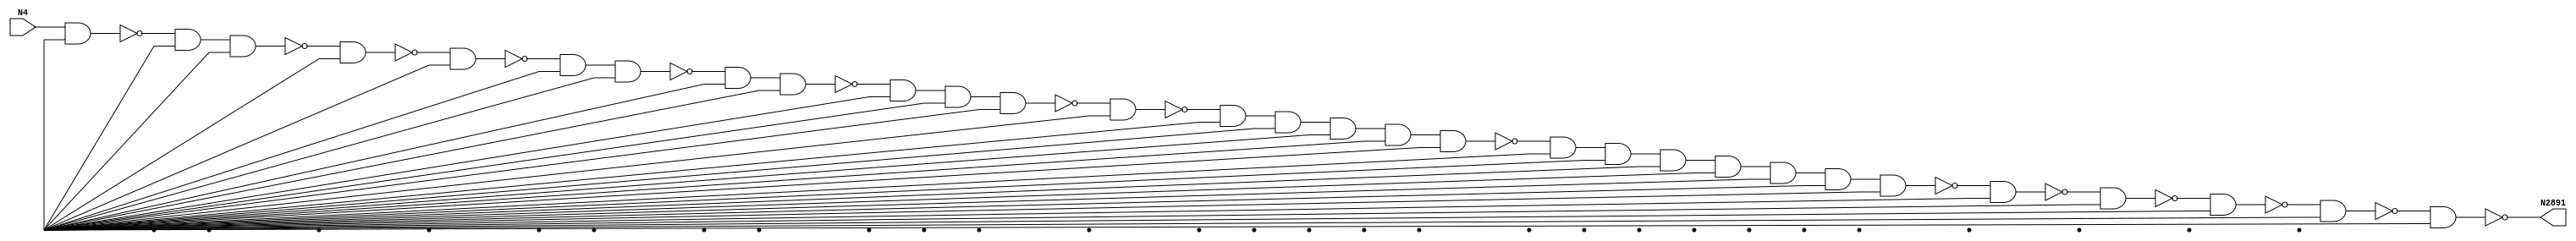
module singlepath (N4, N2891);
input N4;
output N2891;
wire N2872, N2827, N2773, N1999, N1958, N1310, N1879, N346, N1774, N2000, N1849, N1823, N1709, N1708, N1651, N2651, N1824, N2573, N559, N1443, N2747, N2606, N1944, N2078, N1208, N1647, N1010, N2648, N1013, N2808, N1207, N1513, N634, N2642, N194, N1546, N1487, N1444, N2038, N2060, N2196, N1355, N2199, N2843, N2224, N2627, N2570, N2225, N2807, N2297, N2549, N2871, N2645, N2233, N1746, N2241, N2263, N2266, N2552, N2286, N2555, N2576, N2597, N2600, N2603, N2020, N2745, Vcc, gnd;
not NOT1_2(N194, N4);
buf BUFF1_44(N346, N4);
buf BUFF1_82(N559, N194);
buf BUFF1_107(N634, N194);
buf BUFF1_219(N1010, N559);
buf BUFF1_220(N1013, N559);
not NOT1_272(N1207, N1013);
nand NAND2_273(N1208, N1013, Vcc);
nand NAND2_314(N1310, N1207, Vcc);
nand NAND2_336(N1355, N1310, Vcc);
nand NAND2_366(N1443, N1355, Vcc);
not NOT1_367(N1444, N1355);
nand NAND2_396(N1487, N1444, Vcc);
nand NAND2_412(N1513, N1487, Vcc);
not NOT1_428(N1546, N1513);
buf BUFF1_457(N1647, N1546);
buf BUFF1_458(N1651, N1546);
nand NAND2_478(N1708, N1647, Vcc);
not NOT1_479(N1709, N1647);
nand NAND2_497(N1746, N1709, Vcc);
nand NAND2_510(N1774, N1746, Vcc);
nand NAND2_534(N1823, N1774, Vcc);
not NOT1_535(N1824, N1774);
nand NAND2_544(N1849, N1824, Vcc);
nand NAND2_558(N1879, N1849, Vcc);
buf BUFF1_588(N1944, N1879);
buf BUFF1_592(N1958, N1879);
not NOT1_604(N1999, N1944);
nand NAND2_605(N2000, N1944, Vcc);
nand NAND2_621(N2020, N1999, Vcc);
nand NAND2_633(N2038, N2020, Vcc);
not NOT1_641(N2060, N2038);
nand NAND2_649(N2078, N2060, Vcc);
buf BUFF1_659(N2196, N2078);
buf BUFF1_660(N2199, N2078);
nand NAND2_669(N2224, N2196, Vcc);
not NOT1_670(N2225, N2196);
nand NAND2_678(N2233, N2225, Vcc);
nand NAND2_684(N2241, N2233, Vcc);
not NOT1_692(N2263, N2241);
and AND2_693(N2266, N2241, Vcc);
buf BUFF1_697(N2286, N2266);
buf BUFF1_698(N2297, N2266);
nand NAND5_714(N2549, N2297, Vcc, Vcc, Vcc, Vcc);
nand NAND5_715(N2552, N2297, Vcc, Vcc, Vcc, Vcc);
nand NAND5_716(N2555, N2297, Vcc, Vcc, Vcc, Vcc);
and AND5_721(N2570, N2297, Vcc, Vcc, Vcc, Vcc);
and AND5_722(N2573, N2297, Vcc, Vcc, Vcc, Vcc);
and AND5_723(N2576, N2297, Vcc, Vcc, Vcc, Vcc);
nand NAND5_725(N2597, N2297, Vcc, Vcc, Vcc, Vcc);
nand NAND5_726(N2600, N2297, Vcc, Vcc, Vcc, Vcc);
nand NAND5_727(N2603, N2297, Vcc, Vcc, Vcc, Vcc);
nand NAND5_728(N2606, N2297, Vcc, Vcc, Vcc, Vcc);
nand NAND5_733(N2627, N2297, Vcc, Vcc, Vcc, Vcc);
and AND5_742(N2642, N2297, Vcc, Vcc, Vcc, Vcc);
and AND5_743(N2645, N2297, Vcc, Vcc, Vcc, Vcc);
and AND5_744(N2648, N2297, Vcc, Vcc, Vcc, Vcc);
and AND5_745(N2651, N2297, Vcc, Vcc, Vcc, Vcc);
nand NAND8_790(N2745, N2597, Vcc, Vcc, Vcc, Vcc, Vcc, Vcc, Vcc);
and AND8_792(N2747, N2597, Vcc, Vcc, Vcc, Vcc, Vcc, Vcc, Vcc);
and AND2_810(N2773, N2745, Vcc);
nand NAND2_824(N2807, N2773, Vcc);
not NOT1_825(N2808, N2773);
nand NAND2_834(N2827, N2808, Vcc);
nand NAND2_837(N2843, N2827, Vcc);
nand NAND2_856(N2871, N2843, Vcc);
not NOT1_857(N2872, N2843);
nand NAND2_874(N2891, N2871, Vcc);

endmodule